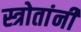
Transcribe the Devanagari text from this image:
स्त्रोतांनी